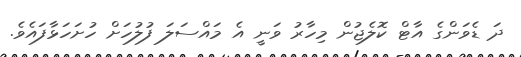
ދަ ޑެވަންގެ އާޓް ކޮލެޖުން މިހާރު ވަނީ އެ މައްސަލަ ފުލުހަށް ހުށަހަޅާފައެވެ.